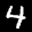
Label: 4